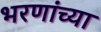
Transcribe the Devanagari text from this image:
भरणांच्या